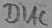
Text: DIAC